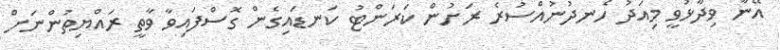
އޭނާ ވިދާޅުވީ މިއަދު ހެނދުނުއްސުރެ ރަށުން ކަރަންޓު ކަނޑައިގެން ގޮސްފައިވާ ވާތީ ރައްޔިތުންނަށް